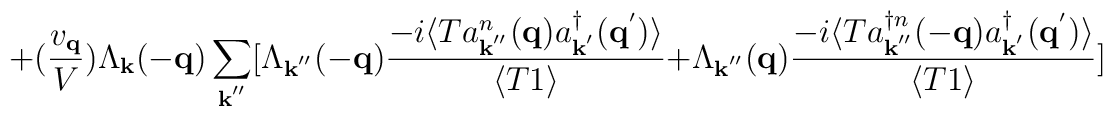
+ (\frac{ v_{ {\bf{q}} } }{V})\Lambda_{ {\bf{k}} }(-{\bf{q}})\sum_{ {\bf{k}}^{''} }[\Lambda_{ {\bf{k}}^{''} }(-{\bf{q}})\frac{ -i\langle T a^{n}_{ {\bf{k}}^{''} }({\bf{q}})a^{\dagger}_{ {\bf{k}}^{'} }({\bf{q}}^{'}) \rangle }{\langle T 1 \rangle}+ \Lambda_{ {\bf{k}}^{''} }({\bf{q}})\frac{ -i\langle T a^{\dagger n}_{ {\bf{k}}^{''} }(-{\bf{q}})a^{\dagger}_{ {\bf{k}}^{'} }({\bf{q}}^{'}) \rangle }{\langle T 1 \rangle}]